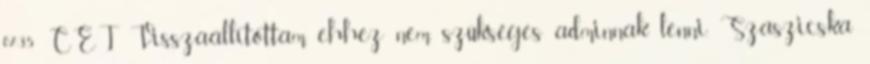
07:35 CET Visszaállítottam, ehhez nem szükséges adminnak lenni. Szaszicska